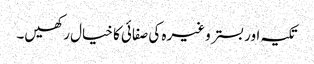
تکیہ اور بستر وغیرہ کی صفائی کا خیال رکھیں۔